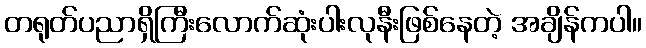
တရုတ်ပညာရှိကြီးလောက်ဆုံးပါးလုနီးဖြစ်နေတဲ့ အချိန်ကပါ။